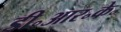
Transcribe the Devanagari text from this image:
डी॰आर॰के॰